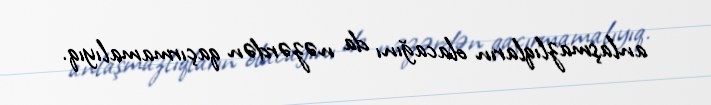
anlaşmazlıqların olacağını da nəzərdən qaçırmamalıyıq.